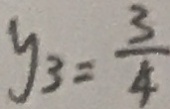
y _ { 3 } = \frac { 3 } { 4 }